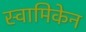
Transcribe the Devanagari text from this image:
स्वामिकेन